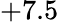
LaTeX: +7.5